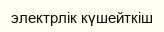
электрлік күшейткіш